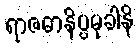
ရာဇဓာနိပ္ပမုခါနိ